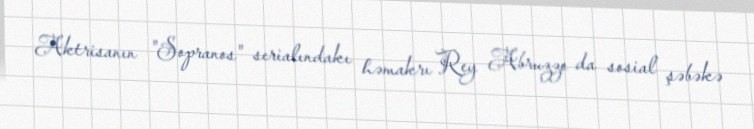
Aktrisanın "Sopranos" serialındakı həmakrı Rey Abruzzo da sosial şəbəkə